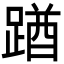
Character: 䠓